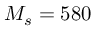
M _ { s } = 5 8 0